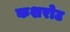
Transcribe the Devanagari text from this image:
कशरोट